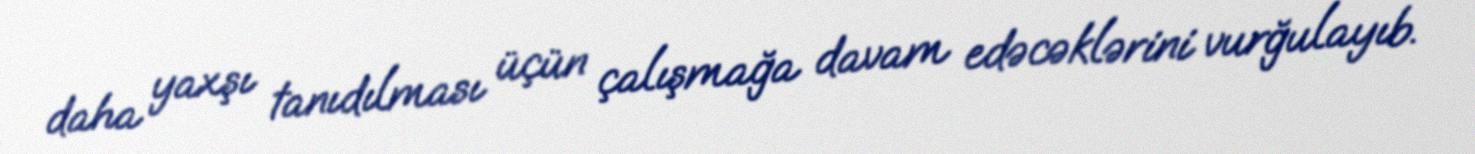
daha yaxşı tanıdılması üçün çalışmağa davam edəcəklərini vurğulayıb.